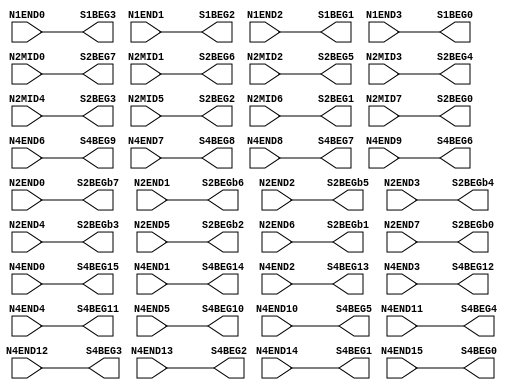
//NumberOfConfigBits:0
module N_term_RAM_IO_switch_matrix (N1END0, N1END1, N1END2, N1END3, N2MID0, N2MID1, N2MID2, N2MID3, N2MID4, N2MID5, N2MID6, N2MID7, N2END0, N2END1, N2END2, N2END3, N2END4, N2END5, N2END6, N2END7, N4END0, N4END1, N4END2, N4END3, N4END4, N4END5, N4END6, N4END7, N4END8, N4END9, N4END10, N4END11, N4END12, N4END13, N4END14, N4END15, S1BEG0, S1BEG1, S1BEG2, S1BEG3, S2BEG0, S2BEG1, S2BEG2, S2BEG3, S2BEG4, S2BEG5, S2BEG6, S2BEG7, S2BEGb0, S2BEGb1, S2BEGb2, S2BEGb3, S2BEGb4, S2BEGb5, S2BEGb6, S2BEGb7, S4BEG0, S4BEG1, S4BEG2, S4BEG3, S4BEG4, S4BEG5, S4BEG6, S4BEG7, S4BEG8, S4BEG9, S4BEG10, S4BEG11, S4BEG12, S4BEG13, S4BEG14, S4BEG15);
	parameter NoConfigBits = 0;
	 // switch matrix inputs
	input N1END0;
	input N1END1;
	input N1END2;
	input N1END3;
	input N2MID0;
	input N2MID1;
	input N2MID2;
	input N2MID3;
	input N2MID4;
	input N2MID5;
	input N2MID6;
	input N2MID7;
	input N2END0;
	input N2END1;
	input N2END2;
	input N2END3;
	input N2END4;
	input N2END5;
	input N2END6;
	input N2END7;
	input N4END0;
	input N4END1;
	input N4END2;
	input N4END3;
	input N4END4;
	input N4END5;
	input N4END6;
	input N4END7;
	input N4END8;
	input N4END9;
	input N4END10;
	input N4END11;
	input N4END12;
	input N4END13;
	input N4END14;
	input N4END15;
	output S1BEG0;
	output S1BEG1;
	output S1BEG2;
	output S1BEG3;
	output S2BEG0;
	output S2BEG1;
	output S2BEG2;
	output S2BEG3;
	output S2BEG4;
	output S2BEG5;
	output S2BEG6;
	output S2BEG7;
	output S2BEGb0;
	output S2BEGb1;
	output S2BEGb2;
	output S2BEGb3;
	output S2BEGb4;
	output S2BEGb5;
	output S2BEGb6;
	output S2BEGb7;
	output S4BEG0;
	output S4BEG1;
	output S4BEG2;
	output S4BEG3;
	output S4BEG4;
	output S4BEG5;
	output S4BEG6;
	output S4BEG7;
	output S4BEG8;
	output S4BEG9;
	output S4BEG10;
	output S4BEG11;
	output S4BEG12;
	output S4BEG13;
	output S4BEG14;
	output S4BEG15;
	//global


	parameter GND0 = 1'b0;
	parameter GND = 1'b0;
	parameter VCC0 = 1'b1;
	parameter VCC = 1'b1;
	parameter VDD0 = 1'b1;
	parameter VDD = 1'b1;
	
	wire [1-1:0] S1BEG0_input;
	wire [1-1:0] S1BEG1_input;
	wire [1-1:0] S1BEG2_input;
	wire [1-1:0] S1BEG3_input;
	wire [1-1:0] S2BEG0_input;
	wire [1-1:0] S2BEG1_input;
	wire [1-1:0] S2BEG2_input;
	wire [1-1:0] S2BEG3_input;
	wire [1-1:0] S2BEG4_input;
	wire [1-1:0] S2BEG5_input;
	wire [1-1:0] S2BEG6_input;
	wire [1-1:0] S2BEG7_input;
	wire [1-1:0] S2BEGb0_input;
	wire [1-1:0] S2BEGb1_input;
	wire [1-1:0] S2BEGb2_input;
	wire [1-1:0] S2BEGb3_input;
	wire [1-1:0] S2BEGb4_input;
	wire [1-1:0] S2BEGb5_input;
	wire [1-1:0] S2BEGb6_input;
	wire [1-1:0] S2BEGb7_input;
	wire [1-1:0] S4BEG0_input;
	wire [1-1:0] S4BEG1_input;
	wire [1-1:0] S4BEG2_input;
	wire [1-1:0] S4BEG3_input;
	wire [1-1:0] S4BEG4_input;
	wire [1-1:0] S4BEG5_input;
	wire [1-1:0] S4BEG6_input;
	wire [1-1:0] S4BEG7_input;
	wire [1-1:0] S4BEG8_input;
	wire [1-1:0] S4BEG9_input;
	wire [1-1:0] S4BEG10_input;
	wire [1-1:0] S4BEG11_input;
	wire [1-1:0] S4BEG12_input;
	wire [1-1:0] S4BEG13_input;
	wire [1-1:0] S4BEG14_input;
	wire [1-1:0] S4BEG15_input;


// The configuration bits (if any) are just a long shift register

// This shift register is padded to an even number of flops/latches
// switch matrix multiplexer  S1BEG0 		MUX-1
	assign S1BEG0 = N1END3;
// switch matrix multiplexer  S1BEG1 		MUX-1
	assign S1BEG1 = N1END2;
// switch matrix multiplexer  S1BEG2 		MUX-1
	assign S1BEG2 = N1END1;
// switch matrix multiplexer  S1BEG3 		MUX-1
	assign S1BEG3 = N1END0;
// switch matrix multiplexer  S2BEG0 		MUX-1
	assign S2BEG0 = N2MID7;
// switch matrix multiplexer  S2BEG1 		MUX-1
	assign S2BEG1 = N2MID6;
// switch matrix multiplexer  S2BEG2 		MUX-1
	assign S2BEG2 = N2MID5;
// switch matrix multiplexer  S2BEG3 		MUX-1
	assign S2BEG3 = N2MID4;
// switch matrix multiplexer  S2BEG4 		MUX-1
	assign S2BEG4 = N2MID3;
// switch matrix multiplexer  S2BEG5 		MUX-1
	assign S2BEG5 = N2MID2;
// switch matrix multiplexer  S2BEG6 		MUX-1
	assign S2BEG6 = N2MID1;
// switch matrix multiplexer  S2BEG7 		MUX-1
	assign S2BEG7 = N2MID0;
// switch matrix multiplexer  S2BEGb0 		MUX-1
	assign S2BEGb0 = N2END7;
// switch matrix multiplexer  S2BEGb1 		MUX-1
	assign S2BEGb1 = N2END6;
// switch matrix multiplexer  S2BEGb2 		MUX-1
	assign S2BEGb2 = N2END5;
// switch matrix multiplexer  S2BEGb3 		MUX-1
	assign S2BEGb3 = N2END4;
// switch matrix multiplexer  S2BEGb4 		MUX-1
	assign S2BEGb4 = N2END3;
// switch matrix multiplexer  S2BEGb5 		MUX-1
	assign S2BEGb5 = N2END2;
// switch matrix multiplexer  S2BEGb6 		MUX-1
	assign S2BEGb6 = N2END1;
// switch matrix multiplexer  S2BEGb7 		MUX-1
	assign S2BEGb7 = N2END0;
// switch matrix multiplexer  S4BEG0 		MUX-1
	assign S4BEG0 = N4END15;
// switch matrix multiplexer  S4BEG1 		MUX-1
	assign S4BEG1 = N4END14;
// switch matrix multiplexer  S4BEG2 		MUX-1
	assign S4BEG2 = N4END13;
// switch matrix multiplexer  S4BEG3 		MUX-1
	assign S4BEG3 = N4END12;
// switch matrix multiplexer  S4BEG4 		MUX-1
	assign S4BEG4 = N4END11;
// switch matrix multiplexer  S4BEG5 		MUX-1
	assign S4BEG5 = N4END10;
// switch matrix multiplexer  S4BEG6 		MUX-1
	assign S4BEG6 = N4END9;
// switch matrix multiplexer  S4BEG7 		MUX-1
	assign S4BEG7 = N4END8;
// switch matrix multiplexer  S4BEG8 		MUX-1
	assign S4BEG8 = N4END7;
// switch matrix multiplexer  S4BEG9 		MUX-1
	assign S4BEG9 = N4END6;
// switch matrix multiplexer  S4BEG10 		MUX-1
	assign S4BEG10 = N4END5;
// switch matrix multiplexer  S4BEG11 		MUX-1
	assign S4BEG11 = N4END4;
// switch matrix multiplexer  S4BEG12 		MUX-1
	assign S4BEG12 = N4END3;
// switch matrix multiplexer  S4BEG13 		MUX-1
	assign S4BEG13 = N4END2;
// switch matrix multiplexer  S4BEG14 		MUX-1
	assign S4BEG14 = N4END1;
// switch matrix multiplexer  S4BEG15 		MUX-1
	assign S4BEG15 = N4END0;

endmodule